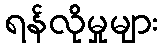
ရန်လိုမှုများ